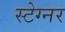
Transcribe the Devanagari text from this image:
स्टेग्नर